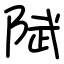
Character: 陚